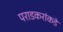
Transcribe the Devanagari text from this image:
पराडकरांकडे